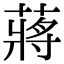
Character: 蔣